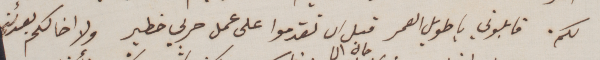
لكم. قابلوني يا طويل العمر قبل ان تقدموا على عمل حربي خطير ولا اخالكم بعدئذٍ